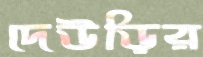
দেউড়ির